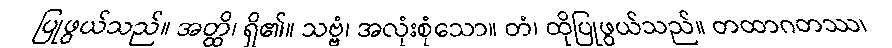
ပြုဖွယ်သည်။ အတ္ထိ၊ ရှိ၏။ သဗ္ဗံ၊ အလုံးစုံသော။ တံ၊ ထိုပြုဖွယ်သည်။ တထာဂတဿ၊